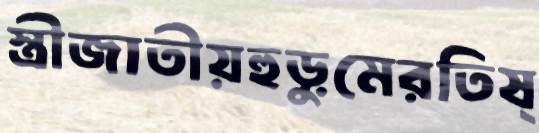
স্ত্রীজাতীয়হুড়ুমেরতিষ্